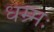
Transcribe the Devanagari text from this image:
धम्र्मः